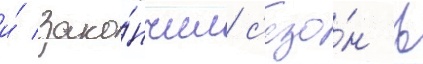
и́ зако́нчил с'езо́н в